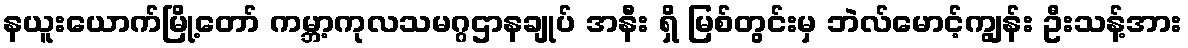
နယူးယောက်မြို့တော် ကမ္ဘာ့ကုလသမဂ္ဂဌာနချုပ် အနီး ရှိ မြစ်တွင်းမှ ဘဲလ်မောင့်ကျွန်း ဦးသန့်အား